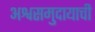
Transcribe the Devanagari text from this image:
अश्वसमुदायाची